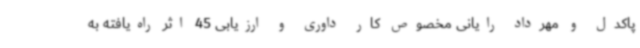
پاکدل و مهرداد رایانی مخصوص کار داوری و ارزیابی 45 اثر راه‌یافته به